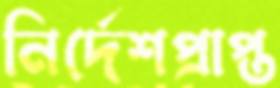
নির্দেশপ্রাপ্ত